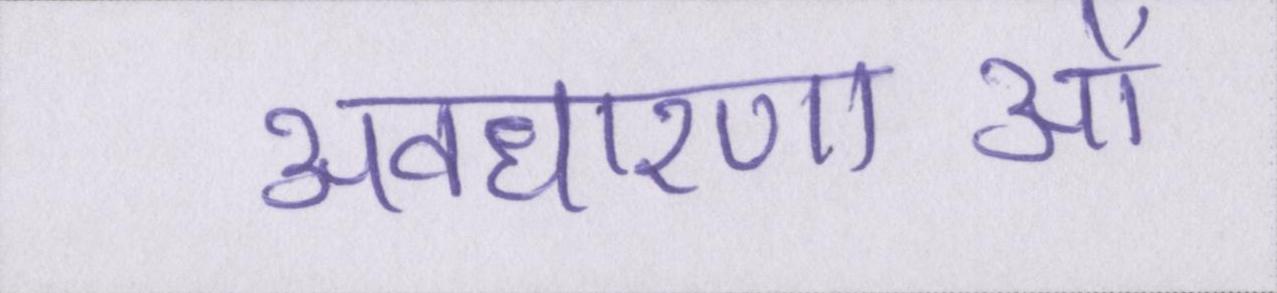
अवधारणाओं